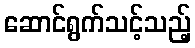
ဆောင်ရွက်သင့်သည့်